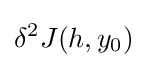
\delta ^{2}J(h,y_{0})